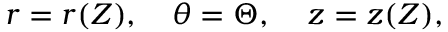
\begin{array} { r } { r = r ( Z ) , \quad \theta = \Theta , \; \; \; \; z = z ( Z ) , } \end{array}